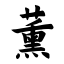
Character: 薰